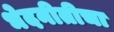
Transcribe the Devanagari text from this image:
भेदनीतीचा